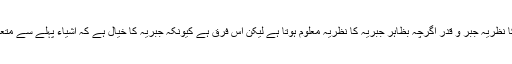
وجودیوں کا نظریہ جبر و قدر اگرچہ بظاہر جبریہ کا نظریہ معلوم ہوتا ہے لیکن اس فرق ہے کیونکہ جبریہ کا خیال ہے کہ اشیاء پہلے سے متعین نہ تھیں۔